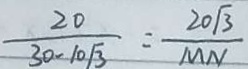
\frac { 2 0 } { 3 0 - 1 0 \sqrt { 3 } } = \frac { 2 0 \sqrt { 3 } } { M N }